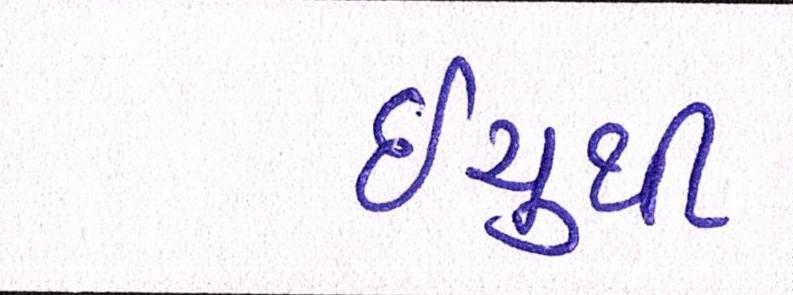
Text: ઇયુથી